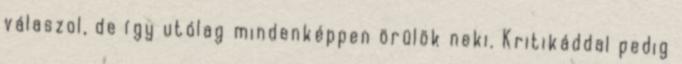
válaszol, de így utólag mindenképpen örülök neki. Kritikáddal pedig